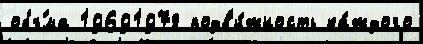
объ́ма 19691978 подв'и́жность ка́ждого